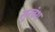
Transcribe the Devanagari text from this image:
सूरवंश